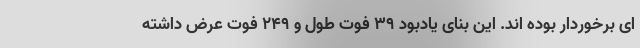
ای برخوردار بوده اند. این بنای یادبود ۳۹ فوت طول و ۲۴۹ فوت عرض داشته